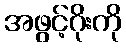
အဖွင့်ဂိုးကို